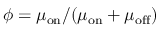
\phi = \mu _ { \mathrm { o n } } / ( \mu _ { \mathrm { o n } } + \mu _ { \mathrm { o f f } } )